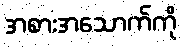
အစားအသောက်ကို